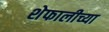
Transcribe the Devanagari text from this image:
शेफालीच्या